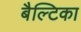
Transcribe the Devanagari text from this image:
बैल्टिका